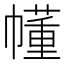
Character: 𫷐